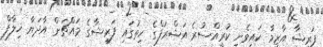
ފަރީޝާ އާޒިމާ ކައިވެނި ކުރީއްސުރެ އަޝްރަފްގެ ހިތުގައި ފަރީޝާގެ މައްޗަށް އާދަޔާ ޚިލާފް